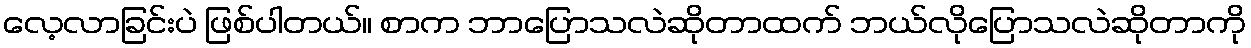
လေ့လာခြင်းပဲ ဖြစ်ပါတယ်။ စာက ဘာပြောသလဲဆိုတာထက် ဘယ်လိုပြောသလဲဆိုတာကို